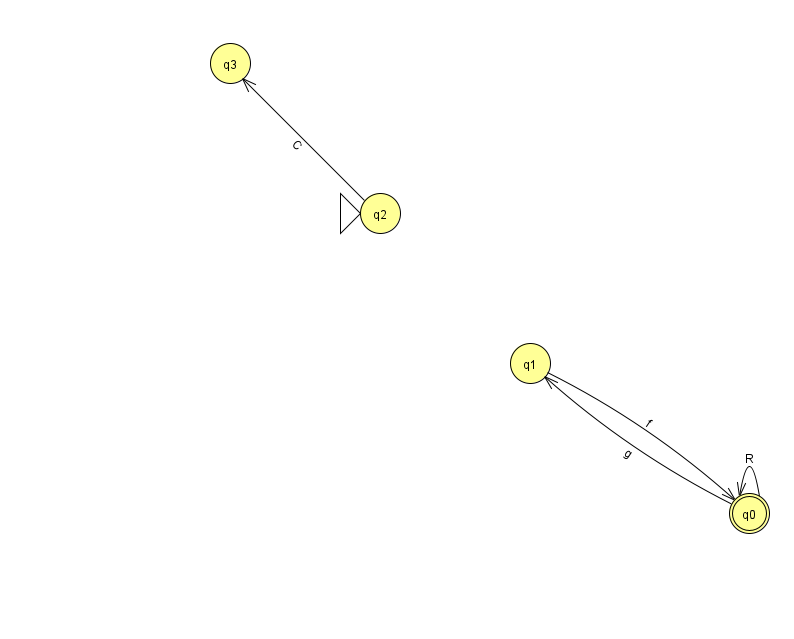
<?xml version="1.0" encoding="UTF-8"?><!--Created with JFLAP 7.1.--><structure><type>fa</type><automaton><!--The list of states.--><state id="0" name="q0"><x>749.0</x><y>500.0</y><final/></state><state id="1" name="q1"><x>530.0</x><y>350.0</y></state><state id="2" name="q2"><x>380.0</x><y>200.0</y><initial/></state><state id="3" name="q3"><x>230.0</x><y>50.0</y></state><!--The list of transitions.--><transition><from>0</from><to>0</to><read>R</read></transition><transition><from>0</from><to>1</to><read>g</read></transition><transition><from>1</from><to>0</to><read>f</read></transition><transition><from>2</from><to>3</to><read>C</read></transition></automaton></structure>